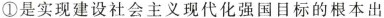
①是实现建设社会主义现代化强国目标的根本出